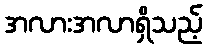
အလားအလာရှိသည့်